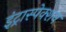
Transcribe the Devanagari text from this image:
इंट्रास्पेक्शन